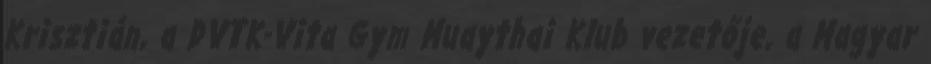
Krisztián, a DVTK-Vita Gym Muaythai Klub vezetője, a Magyar